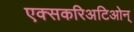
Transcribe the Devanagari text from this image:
एक्सकरिअटिओन्